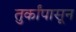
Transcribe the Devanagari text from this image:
तुर्कांपासून